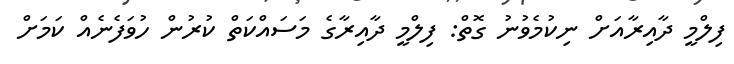
ފިލްމީ ދާއިރާއަށް ނިކުމެވުނު ގޮތް: ފިލްމީ ދާއިރާގެ މަސައްކަތް ކުރުން ހުވަފެނެއް ކަމަށް